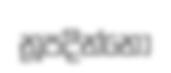
නූපදින්නෝ